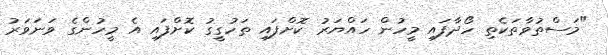
"މަސްތުވާތަކެތި ހޯދާފައި މީހުން ހައްޔަރު ކޮށްފައި ތަހުގީގު ކޮށްފައި އެ މީހުންގެ ވަނަވަރު